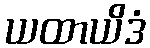
ယထာယိဒံ